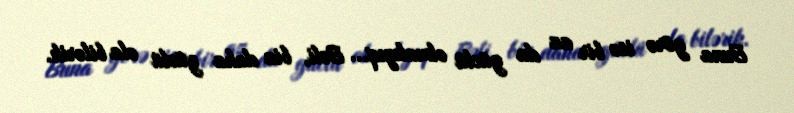
Buna görə isə bir az da güclü olmalıyıq... Bəli, biz daha güclü ola bilərik.